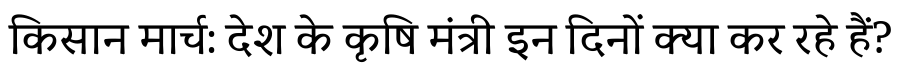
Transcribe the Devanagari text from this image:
किसान मार्च: देश के कृषि मंत्री इन दिनों क्या कर रहे हैं?